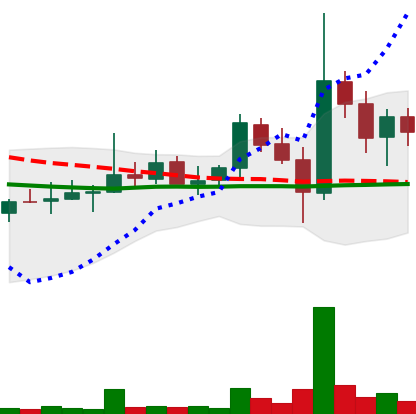
Ticker: DOGE-USD
Chart end date: 2021-11-01
Forward return: -3.618%
Label: down_3_5